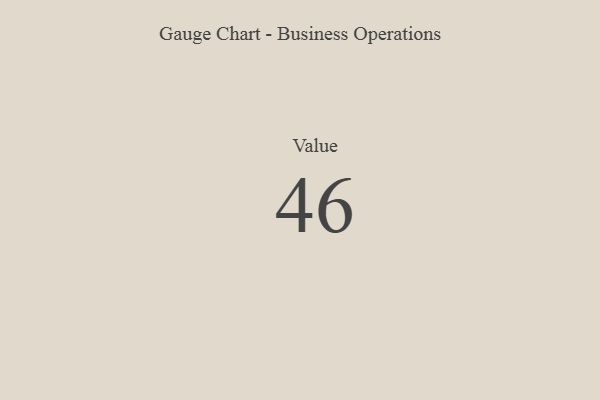
{"axis": {"x": "Metric", "y": "Value"}, "legend": [""], "data": [{"x": "Value", "y": 46, "type": ""}]}